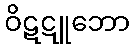
ဝိဋဋူဘော